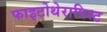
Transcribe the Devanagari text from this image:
फाइटोथेरापिस्ट